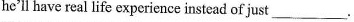
he'll have real life experience instead of just ___.